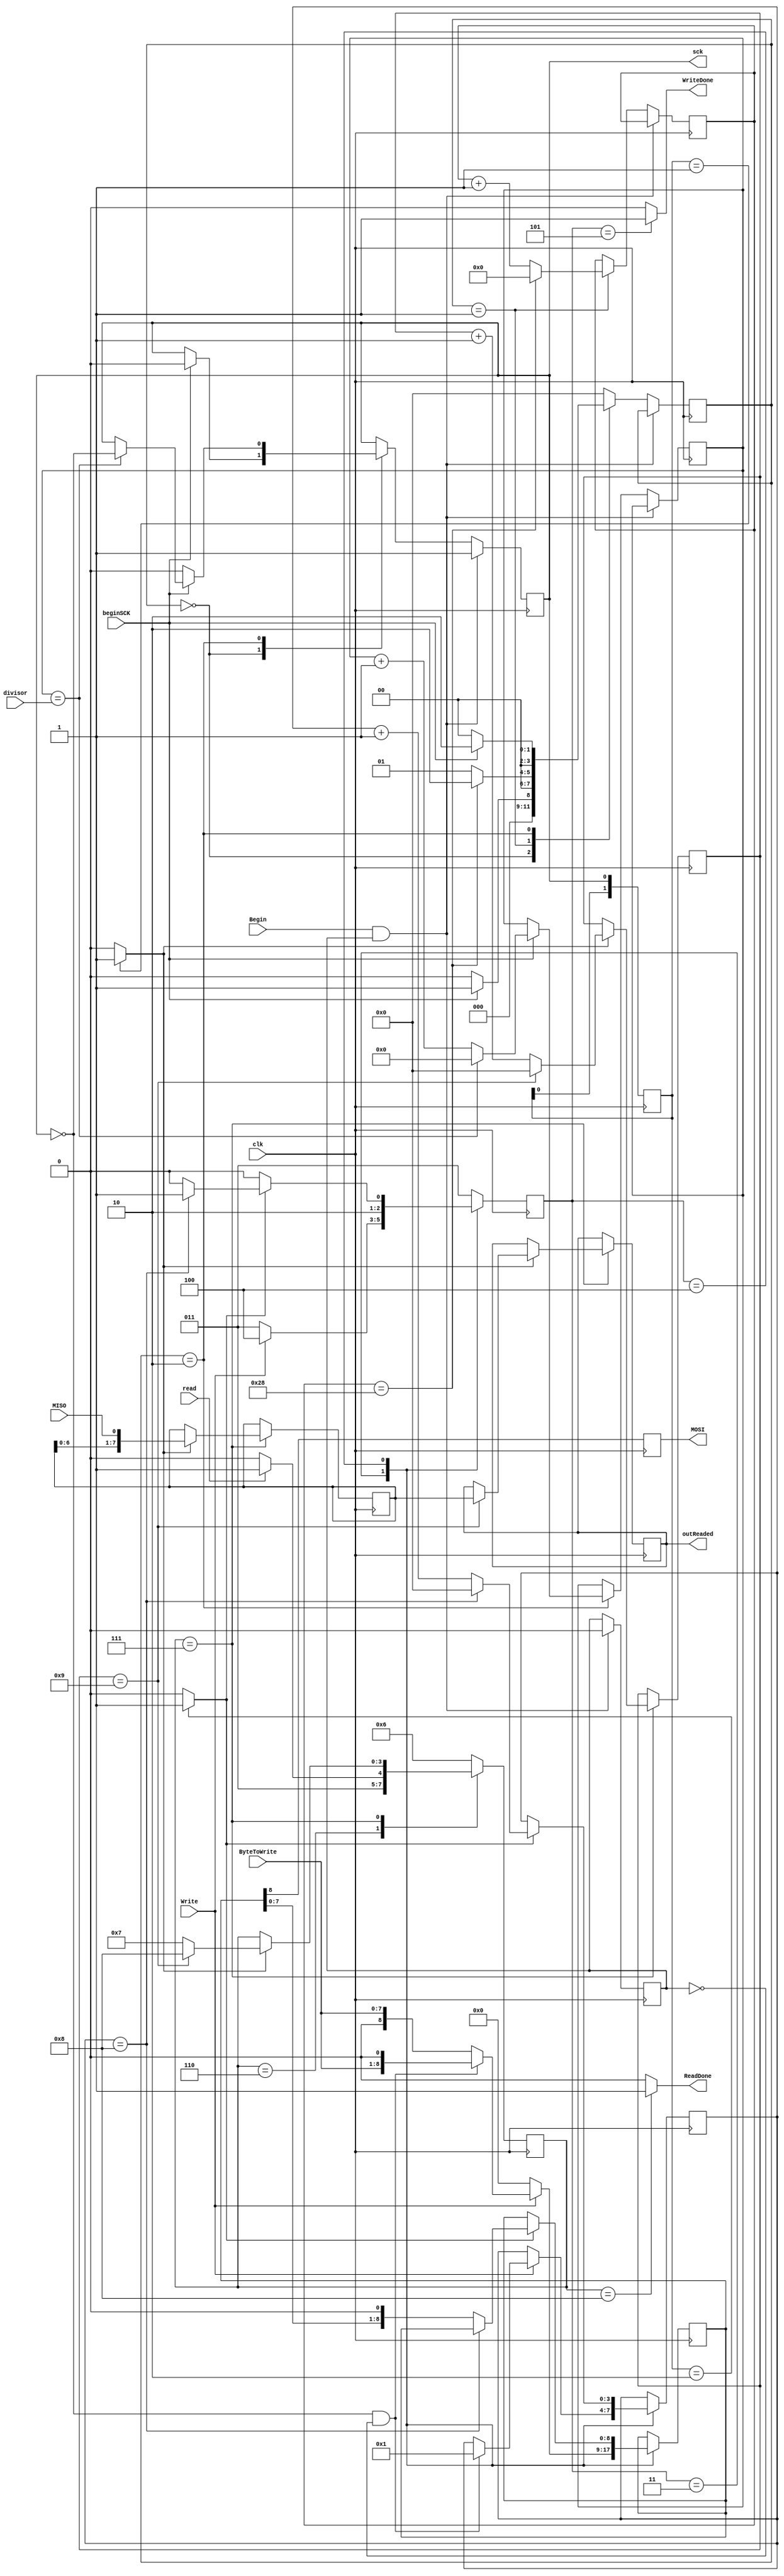
`timescale 1ns / 1ps
//////////////////////////////////////////////////////////////////////////////////
// Company: 
// Engineer: 
// 
// Design Name: 
// Module Name:    spi 
// Project Name: 
// Target Devices: 
// Tool versions: 
// Description: 
//
// Dependencies: 
//
// Revision: 
// Revision 0.01 - File Created
// Additional Comments: 
//
//////////////////////////////////////////////////////////////////////////////////
module spi(
					input clk, 
					input Begin,
					input [7:0] divisor,
					input read,
					input Write,
					input MISO,//master input slave output
				   	input [0:7]	ByteToWrite, //bakcwards in order to write MSB first
					input beginSCK,
					output reg MOSI, //master output slave input
					output reg[7:0] outReaded,
					output  reg sck, 
					output reg WriteDone,
					output reg ReadDone
    );
	 


//------------------------------------------
//sck  detector
//------------------------------------------------


localparam   HOLD_ON=4'd0;
localparam  WAITING_ENABLE=4'd1;
localparam  GENERATE=4'd2;

reg [7:0] prescaler=7'd0;
reg [3:0] stateSclk;
reg [1:0] detect=2'd0;	// data shift detect

reg highEdge=1'b0;
reg DownEdge=1'b0;
reg enableRun=1'b1;

reg [5:0] conter=6'b0;


always @(negedge clk) begin
			if(Begin && enableRun)begin
				enableRun<=1'b0;
				sck<=1'b1;
			end else begin
			   case(stateSclk)
				HOLD_ON:begin
					if(beginSCK)begin
						stateSclk<=WAITING_ENABLE;
						sck<=1'b0;
					end else begin
						stateSclk<=HOLD_ON;
					end
				end
				WAITING_ENABLE:begin
					if(conter==6'd40)begin
						stateSclk<=GENERATE;
						conter<=6'd0;
					end else begin
						stateSclk<=WAITING_ENABLE;
						conter<=conter+1'b1;
					end


				end
				GENERATE:begin
					if(~beginSCK)begin
						stateSclk<=HOLD_ON;
						sck<=1'b0;
					end else begin
					stateSclk<=GENERATE;
					prescaler <= prescaler+1'b1;
						if (prescaler==divisor) begin
							sck <= ~sck;
							prescaler <= 4'd0;
						end
					end
				end
				default:begin
					stateSclk<=HOLD_ON;
				end
			   endcase
			end
end
always@(posedge clk)begin
	detect <= {detect[0],sck};
end

always@(*)
begin
	case(detect)			
			//downedge
			2'b10:begin
					highEdge=1'b0;
					DownEdge=1'b1;	
			end
			//highedge
			2'b01:begin
					highEdge=1'b1;
					DownEdge=1'b0;	
			
			end
			//nothing
			2'b00:begin
					highEdge=1'b0;
					DownEdge=1'b0;	
			
			end
			default:begin
					highEdge=1'b0;
					DownEdge=1'b0;	
			end	
	endcase
end

//-------------------------------------------
//write cicle
//----------------------------------------------

reg [2:0] stateWritte;

localparam  WRITE_WAITING=4'd3;
localparam 	WRITTE=4'd4;
localparam BYPASS_WRITE=4'd5;


//write stuff
reg [8:0] ToWrite=9'd0; // data shift writte
reg [3:0] bitcountWrite=4'd0; //bitcounter_write


always@(negedge clk)begin
		MOSI<=ToWrite[8];
	/**///bitcountW<=bitcountWrite;
		case(stateWritte)
		WRITE_WAITING:begin
			if(Write)begin
				ToWrite<={1'b0,ByteToWrite};//if high sck
				stateWritte<=WRITTE;
				if(~sck &&~enableRun)begin//if lower sck
					bitcountWrite<=4'd1;
					ToWrite <={ByteToWrite,1'b0};
				end 
			end else begin
				stateWritte<=WRITE_WAITING;
				ToWrite<=8'd0;
				
			end
		end	
		WRITTE:begin

			if(DownEdge==1'b1 )begin
				bitcountWrite<=bitcountWrite+1'b1;
					if(bitcountWrite==4'd8)begin
						bitcountWrite<=4'd0;
						stateWritte<=BYPASS_WRITE;	
					end else begin
						ToWrite <={ToWrite[7:0],1'b0};
						stateWritte<=WRITTE;
					end
			end else begin
						stateWritte<=WRITTE;	
			end
		end
		
		BYPASS_WRITE:begin
			stateWritte<=WRITE_WAITING;
		end
		
		default:begin
			stateWritte<=WRITE_WAITING;
		end
		
	 endcase
	
end

always@(*)begin
	case(stateWritte)
		WRITE_WAITING:begin
			WriteDone=1'b0;
		end
		WRITTE:begin
			WriteDone=1'b0;
		end		
		BYPASS_WRITE:begin
			WriteDone=1'b1;
		end
		default:begin
			WriteDone=1'b0;			
		end	
	endcase
	
end
// ------------------------------------------------
// read cycle
//-------------------------------------------------
localparam  READ_WAITING=4'd6;
localparam 	READ=4'd7;
localparam 	BYPASS_READ_END=4'd8;

//read stuff
reg [7:0] Toread=8'd0; // data shift read
reg [3:0] bitcountRead=4'd0; //bitcounter_read

reg [3:0] stateRead;



always@(negedge clk)begin
	case(stateRead)
		READ_WAITING:begin 
			if(read)begin
				stateRead<=READ;
			end else begin
				stateRead<=READ_WAITING;
			end
			
		end
		READ:begin
			if(highEdge)begin 
				 bitcountRead <= bitcountRead + 1'b1;
				 Toread<={Toread[6:0],MISO};
					if(bitcountRead==4'd9)begin
						bitcountRead<=4'd0;
						outReaded<=Toread;
						stateRead<=BYPASS_READ_END;
					end else begin
						stateRead<=READ;
					end
			end
		end
		
		BYPASS_READ_END:begin
				stateRead<=READ_WAITING;
		end
		
		default:begin
			stateRead<=READ_WAITING;
		end

		endcase
end

always@(*) begin
	case(stateRead)
		READ_WAITING:begin
			ReadDone=1'b0;
		end
		READ:begin
			ReadDone=1'b0;
		end
		BYPASS_READ_END:begin
			ReadDone=1'b1;
		end
		default:begin
			ReadDone=1'b0;
		end
	endcase
end



endmodule